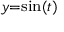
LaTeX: \scriptstyle { y = \sin ( t ) }